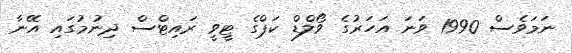
ނަމަވެސް 1990 ވަނަ އަހަރުގެ ވޯލްޑް ކަޕްގެ ޓީވީ ރައިޓްސް ދިނުމުގައި އޭނާ